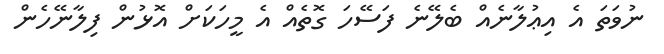
ނުވަތަ އެ އިޢުލާނެއް ބެލޭނެ ފަސޭހަ ގޮތެއް އެ މީހަކަށް އޮޅުން ފިލާނޭހެން